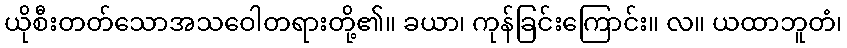
ယိုစီးတတ်သောအသဝေါတရားတို့၏။ ခယာ၊ ကုန်ခြင်းကြောင်း။ လ။ ယထာဘူတံ၊